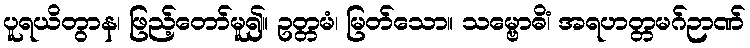
ပူရယိတွာန၊ ဖြည့်တော်မူ၍။ ဥတ္တမံ၊ မြတ်သော။ သမ္ဗောဓိံ၊ အရဟတ္တမဂ်ဉာဏ်